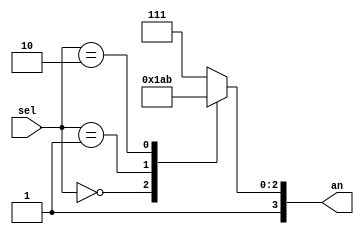
`timescale 1ns / 1ps
//////////////////////////////////////////////////////////////////////////////////
// Company: 
// 
// Design Name: 
// Module Name: Decoder2to4_s
// Project Name: 
// Target Devices: 
// Tool Versions: 
// Description: 2 to 4 Decoder 4Bit; switching enables (an) for seven seg out
// 
// Dependencies: 
// 
// Revision:
// Revision 0.01 - File Created
// Additional Comments:
// 
//////////////////////////////////////////////////////////////////////////////////


module Decoder2to4_s(an, sel);

    input [1:0] sel; 

    output reg [3:0] an; 

    always @(sel) begin
        case (sel)
            2'b00 : an = 4'b1110; 
            2'b01 : an = 4'b1101; 
            2'b10 : an = 4'b1011;  
            default: 
            an = 4'b1111;
        endcase
    end
    
endmodule